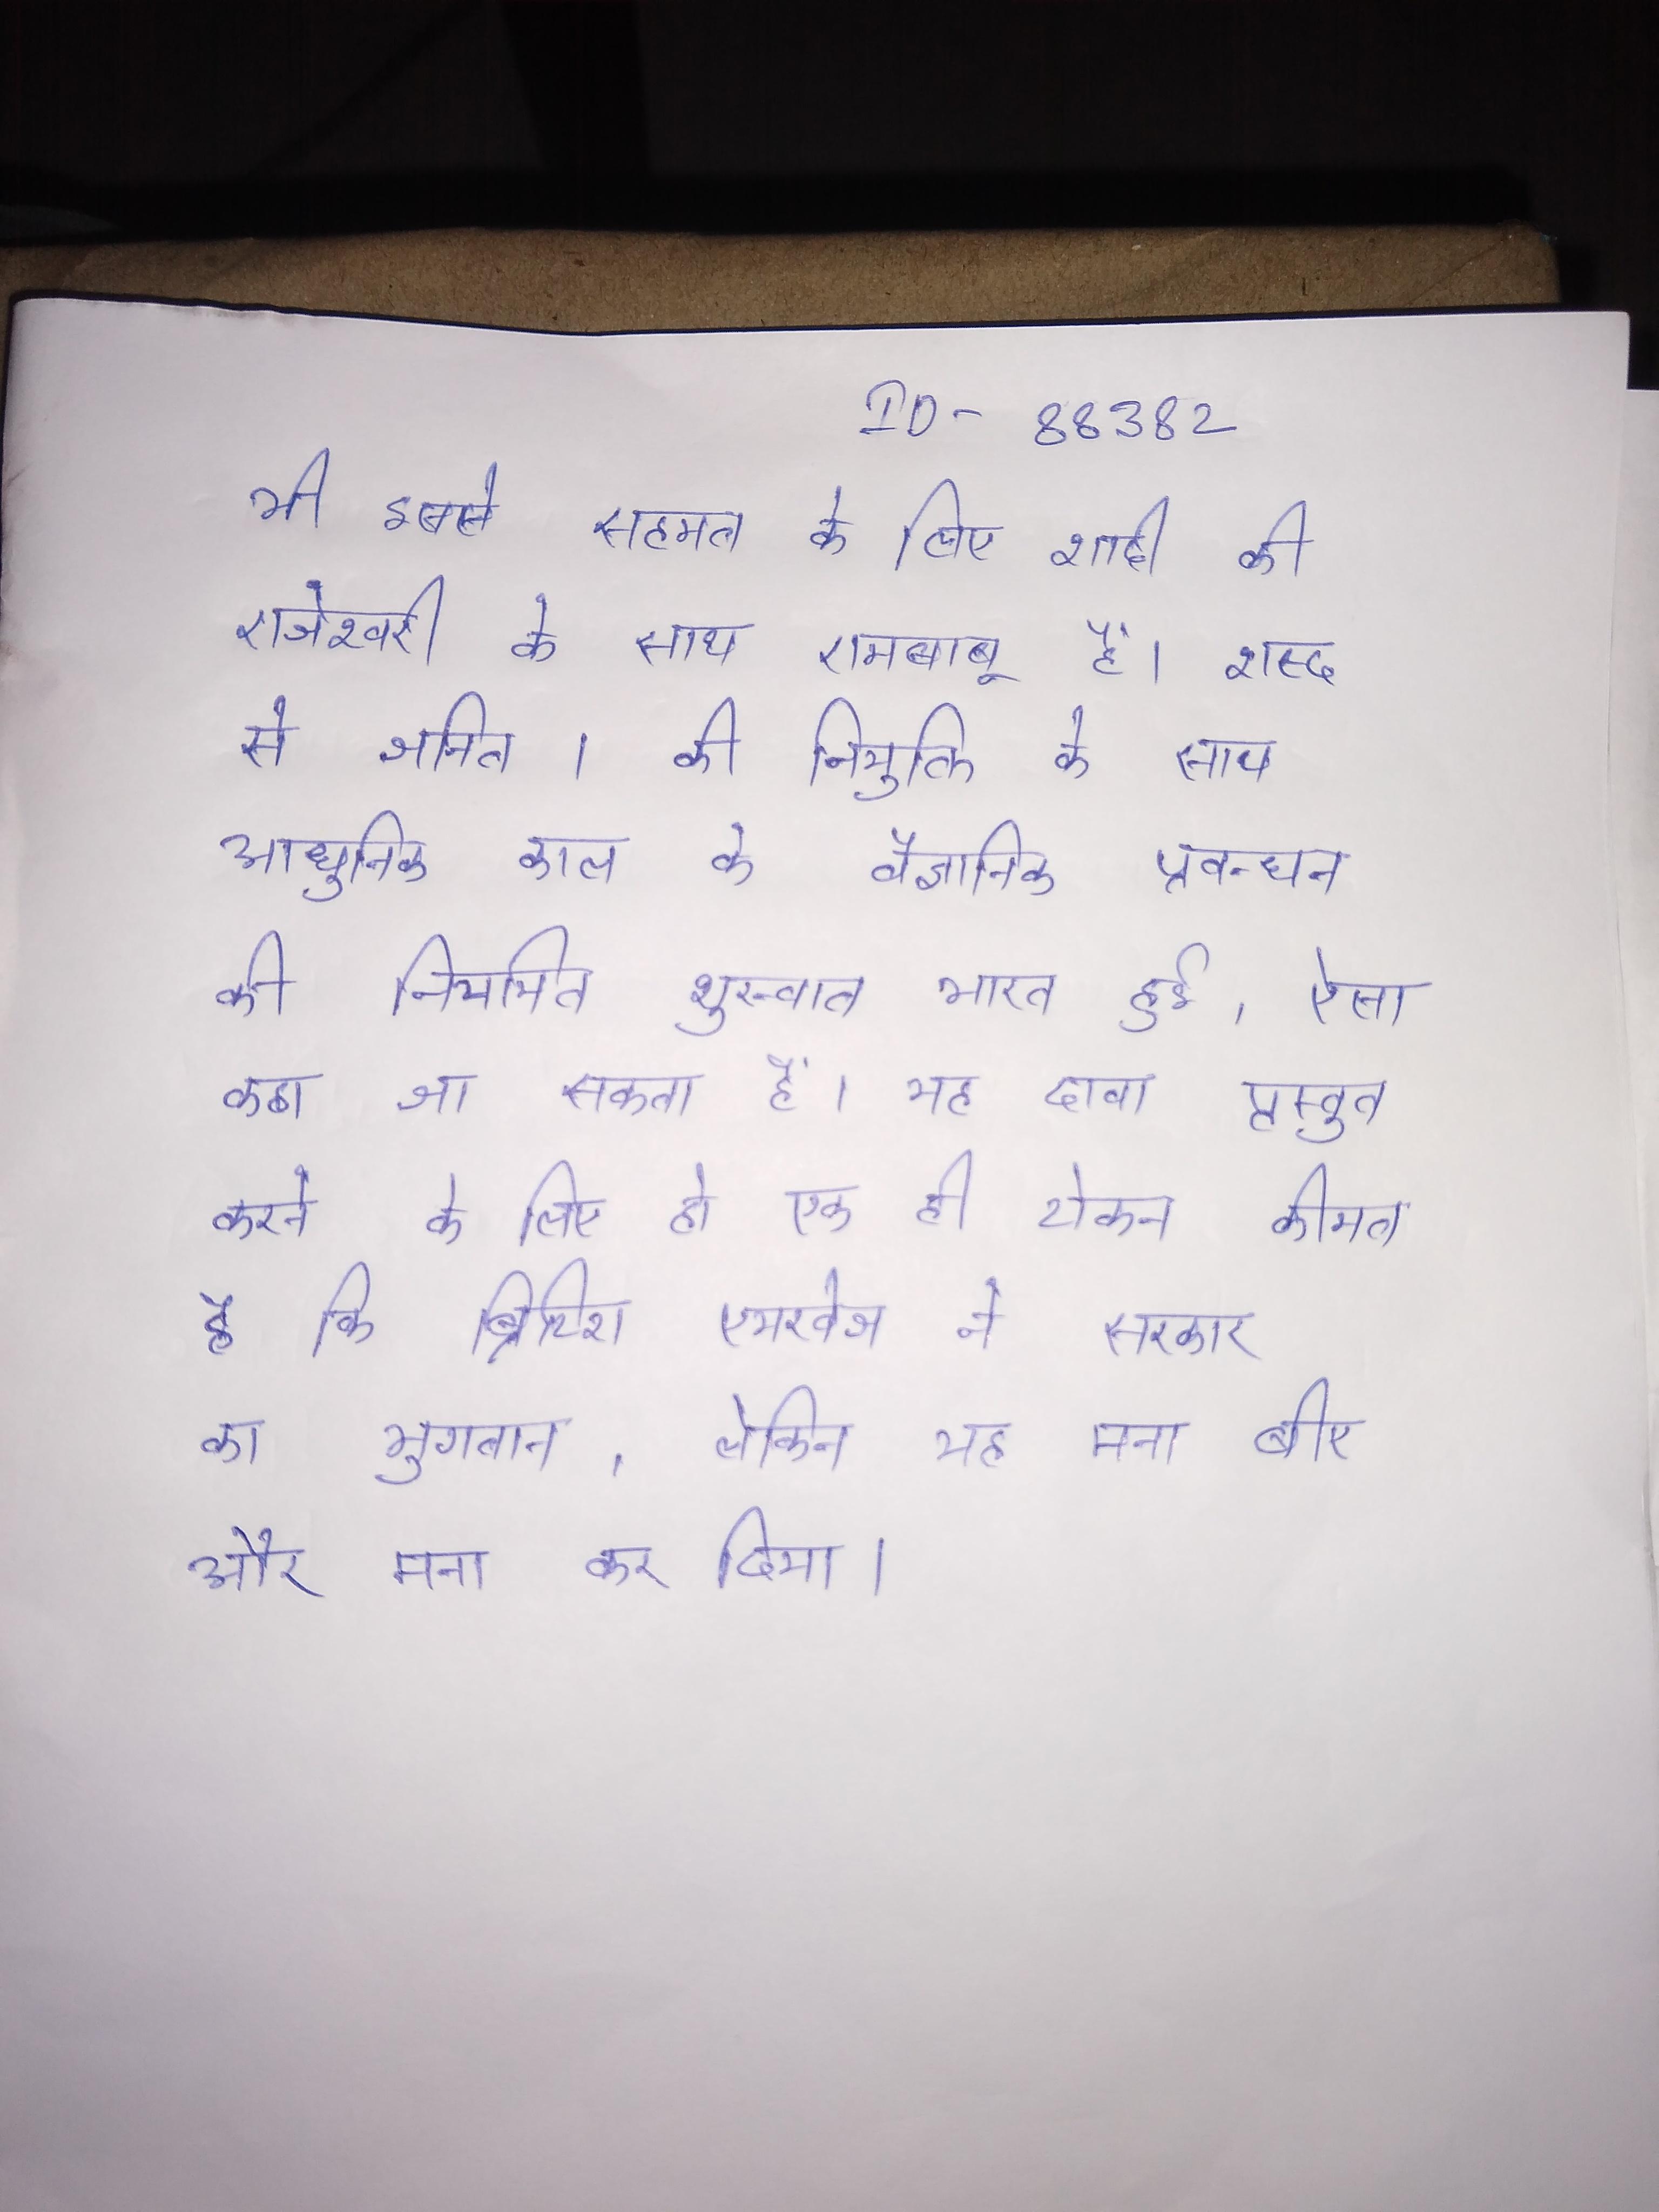
भी इससे सहमत के लिए शादी की राजेश्वरी के साथ रामबाबू है । शब्द से जनित । की नियुक्ति के साथ आधुनिक काल के वैज्ञानिक प्रवन्धन की नियमित शुरूवात भारत हुई, ऐसा कहा जा सकता है । यह दावा प्रस्तुत करने के लिए हो एक ही टोकन कीमत है कि ब्रिटिश ब्रिटिश एयरवेज ने सरकार का भुगतान, लेकिन यह मना बीए और मना कर दिया ।